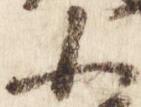
小